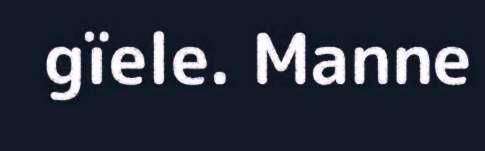
gïele. Manne